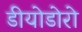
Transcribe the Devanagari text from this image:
डीयोडोरो